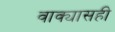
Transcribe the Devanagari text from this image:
वाक्यासही